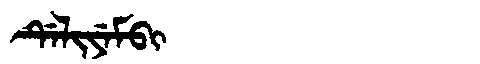
Manchu: ᡩᡝᠯᡳᠶᡝᠮᠪᡳ
Romanization: DELIYEMBI